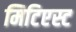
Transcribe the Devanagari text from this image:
मिटिएस्ट